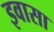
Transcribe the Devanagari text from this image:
इवासा